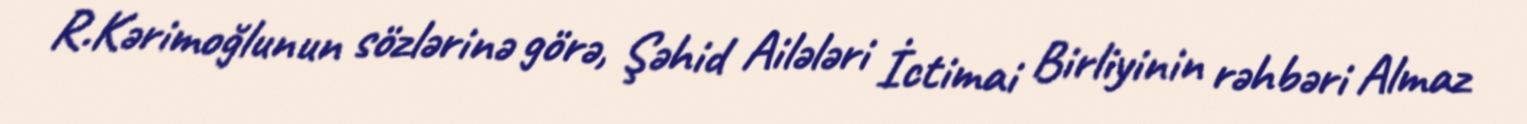
R.Kərimoğlunun sözlərinə görə, Şəhid Ailələri İctimai Birliyinin rəhbəri Almaz